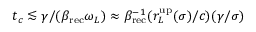
t _ { c } \lesssim \gamma / ( \beta _ { \mathrm { r e c } } \omega _ { L } ) \approx \beta _ { \mathrm { r e c } } ^ { - 1 } ( r _ { L } ^ { \mathrm { u p } } ( \sigma ) / c ) ( \gamma / \sigma )